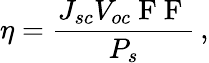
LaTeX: \eta=\frac{J_{sc}V_{oc}\mathrm{~F~F~}}{P_{s}}\, ,